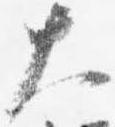
大